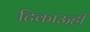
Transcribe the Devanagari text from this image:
टिकाऊही